Senior Leaving Certificate Examination (including Day School Certificate (Higher) General paper), 1950
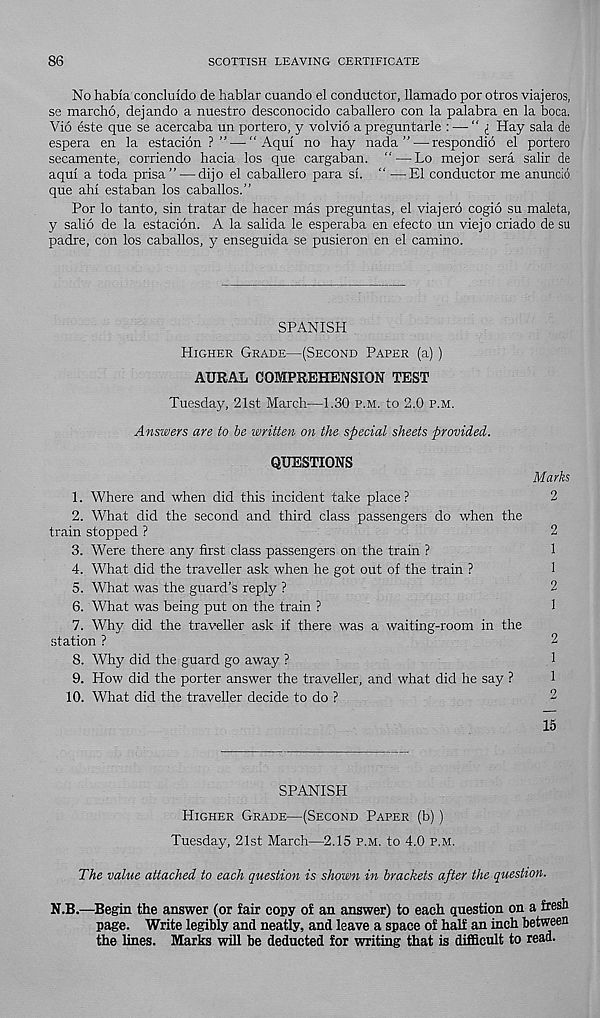
86
SCOTTISH LEAVING CERTIFICATE
No habia concluido de hablar cuando el conductor, llamado por otros viajeros,
se marcho, dejando a nuestro desconocido caballero con la palabra en la boca.
Vio este que se acercaba un portero, y volvio a preguntarle : — “ i Hay sala de
espera en la estacion ? ” — “ Aquf no hay nada ” — respondio el portero
secamente, corriendo hacia los que cargaban. " — Lo mejor sera salir de
aqul a toda prisa” —dijo el caballero para si. “ —El conductor me anuncio
que ahl estaban los caballos.”
Por lo tanto, sin tratar de hacer mas preguntas, el viajero cogio su maleta,
y salio de la estacion. A la salida le esperaba en efecto un viejo criado de su
padre, con los caballos, y enseguida se pusieron en el camino.
SPANISH
Higher Grade—(Second Paper (a))
AURAL COMPREHENSION TEST
Tuesday, 21st March—1.30 p.m. to 2.0 p.m.
Answers are to be written on the special sheets provided.
QUESTIONS
Marks
1. Where and when did this incident take place ?
2
2. What did the second and third class passengers do when the
train stopped ?
2
3. Were there any first class passengers on the train ?
1
4. What did the traveller ask when he got out of the train ?
1
5. What was the guard’s reply ?
2
6. What was being put on the train ?
1
7. Why did the traveller ask if there was a waiting-room in the
station ?
2
8. Why did the guard go away ?
1
9. How did the porter answer the traveller, and what did he say ?
1
10. What did the traveller decide to do ?
2
15
SPANISH
Higher Grade—(Second Paper (b) )
Tuesday, 21st March—2.15 p.m. to 4.0 p.m.
The value attached to each question is shown in brackets after the question.
N.B.—Begin the answer (or fair copy of an answer) to each question on a fresh
page. Write legibly and neatly, and leave a space of half an inch between
the lines. Marks will be deducted for writing that is difficult to read.